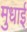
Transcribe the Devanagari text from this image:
मुधाई